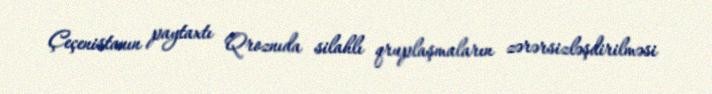
Çeçenistanın paytaxtı Qroznıda silahlı qruplaşmaların zərərsizləşdirilməsi